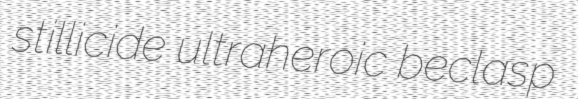
stillicide ultraheroic beclasp